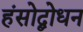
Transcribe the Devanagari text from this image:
हंसोद्बोधन